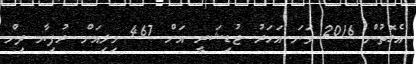
އެގޮތުން 2016 ވަނަ އަހަރު ޖުޑިޝަރީ އަށް 467 މިލިއަން ރުފިޔާ ދިން